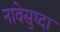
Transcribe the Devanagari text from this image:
नावेसुध्दा